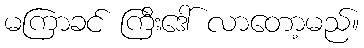
မကြာခင် ကြီးဒေါ် လာတော့မည်။